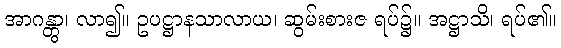
အာဂန္တွာ၊ လာ၍။ ဥပဋ္ဌာနသာလာယ၊ ဆွမ်းစားဇ ရပ်၌။ အဋ္ဌာသိ၊ ရပ်၏။